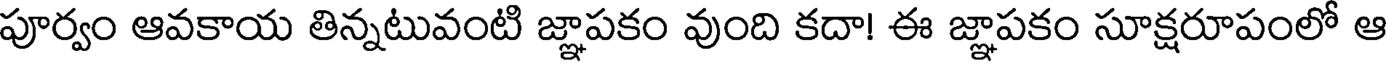
పూర్వం ఆవకాయ తిన్నటువంటి జ్ఞాపకం వుంది కదా! ఈ జ్ఞాపకం సూక్షరూపంలో ఆ